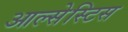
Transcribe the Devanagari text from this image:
आल्सेस्टिस